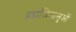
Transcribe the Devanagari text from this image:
ब्रह्मजिज्ञासुओं